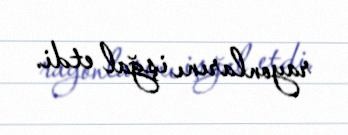
rayonlarını işğal etdi.